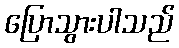
ပြောသွားပါသည်